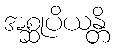
အစ္ဆုပိယန္တိ